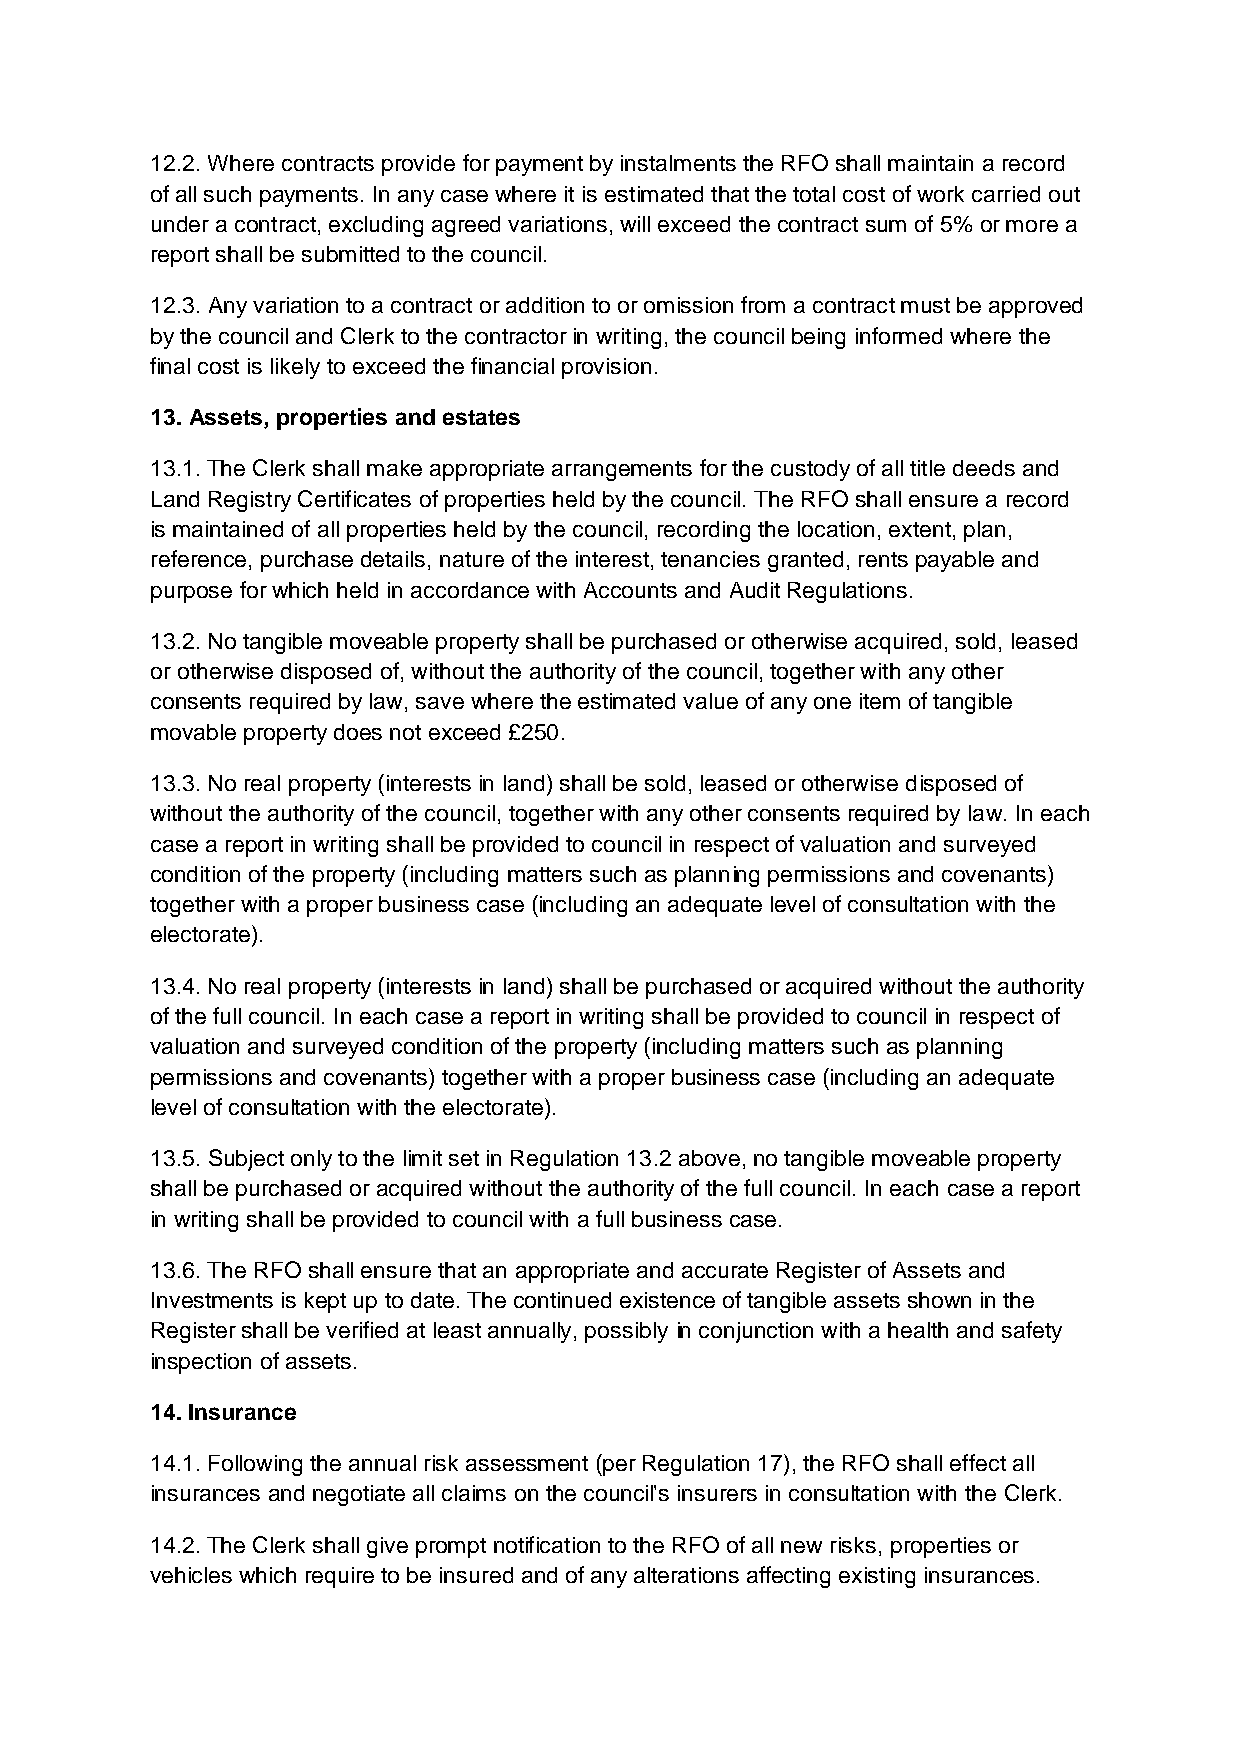
12.2. Where contracts provide for payment by instalments the RFO shall maintain a record
 of all such payments. In any case where it is estimated that the total cost of work carried out
 under a contract, excluding agreed variations, will exceed the contract sum of 5% or more a
 report shall be submitted to the council.
 12.3. Any variation to a contract or addition to or omission from a contract must be approved
 by the council and Clerk to the contractor in writing, the council being informed where the
 final cost is likely to exceed the financial provision.
 13. Assets, properties and estates
 13.1. The Clerk shall make appropriate arrangements for the custody of all title deeds and
 Land Registry Certificates of properties held by the council. The RFO shall ensure a record
 is maintained of all properties held by the council, recording the location, extent, plan,
 reference, purchase details, nature of the interest, tenancies granted, rents payable and
 purpose for which held in accordance with Accounts and Audit Regulations.
 13.2. No tangible moveable property shall be purchased or otherwise acquired, sold, leased
 or otherwise disposed of, without the authority of the council, together with any other
 consents required by law, save where the estimated value of any one item of tangible
 movable property does not exceed £250.
 13.3. No real property (interests in land) shall be sold, leased or otherwise disposed of
 without the authority of the council, together with any other consents required by law. In each
 case a report in writing shall be provided to council in respect of valuation and surveyed
 condition of the property (including matters such as planning permissions and covenants)
 together with a proper business case (including an adequate level of consultation with the
 electorate).
 13.4. No real property (interests in land) shall be purchased or acquired without the authority
 of the full council. In each case a report in writing shall be provided to council in respect of
 valuation and surveyed condition of the property (including matters such as planning
 permissions and covenants) together with a proper business case (including an adequate
 level of consultation with the electorate).
 13.5. Subject only to the limit set in Regulation 13.2 above, no tangible moveable property
 shall be purchased or acquired without the authority of the full council. In each case a report
 in writing shall be provided to council with a full business case.
 13.6. The RFO shall ensure that an appropriate and accurate Register of Assets and
 Investments is kept up to date. The continued existence of tangible assets shown in the
 Register shall be verified at least annually, possibly in conjunction with a health and safety
 inspection of assets.
 14. Insurance
 14.1. Following the annual risk assessment (per Regulation 17), the RFO shall effect all
 insurances and negotiate all claims on the council's insurers in consultation with the Clerk.
 14.2. The Clerk shall give prompt notification to the RFO of all new risks, properties or
 vehicles which require to be insured and of any alterations affecting existing insurances.